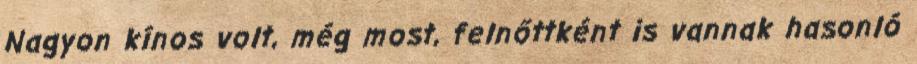
Nagyon kínos volt, még most, felnőttként is vannak hasonló